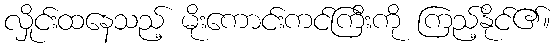
လှိုင်းထနေသည့် မိုးကောင်းကင်ကြီးကို ကြည့်နိုင်၏။